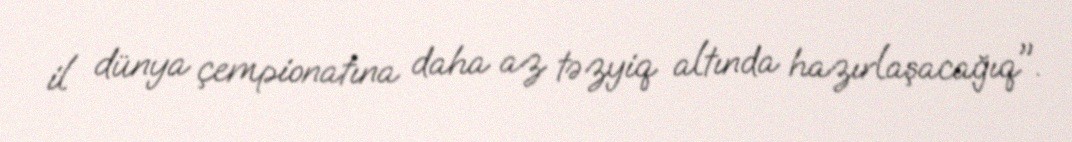
il dünya çempionatına daha az təzyiq altında hazırlaşacağıq".